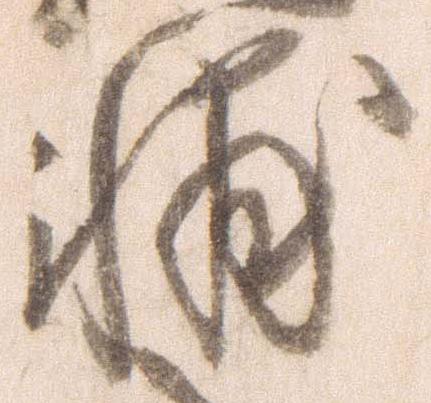
輔